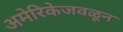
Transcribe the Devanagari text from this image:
अमेरिकेजवळून